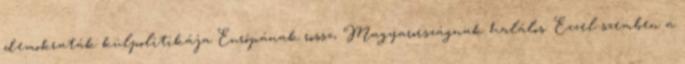
demokraták külpolitikája Európának rossz, Magyarországnak halálos. Ezzel szemben a